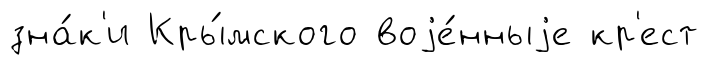
зна́к'и Кры́мского воjе́нныjе кр'ест